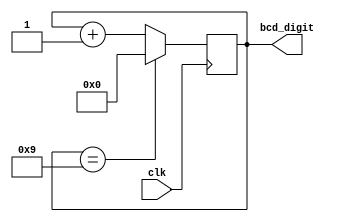
`timescale 1ns / 1ps



module BCDcounter(

   input clk,
    output reg [3:0] bcd_digit
    );

always @ (posedge(clk))
begin
    
    if (bcd_digit == 4'b1001) bcd_digit <= 0;
    else bcd_digit <= bcd_digit + 1;
end
endmodule